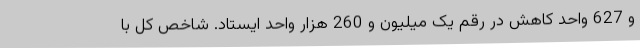
و 627 واحد کاهش در رقم یک میلیون و 260 هزار واحد ایستاد. شاخص کل با